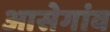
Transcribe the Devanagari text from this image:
आसेगांव